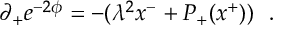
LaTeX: \partial _ { + } e ^ { - 2 \phi } = - ( \lambda ^ { 2 } x ^ { - } + P _ { + } ( x ^ { + } ) ) \ \ .